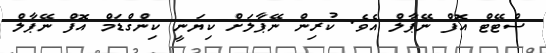
ސްޓޭޓް އޮފް ނޭޕާލް އެވެ. ކުރިން ނޭޕާލަށް ކިޔަނީ ކިންގްޑަމް އޮފް ނޭޕާލް